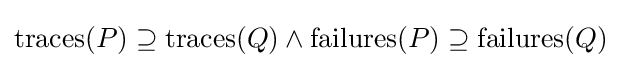
\mathrm {traces} (P)\supseteq \mathrm {traces} (Q)\land \mathrm {failures} (P)\supseteq \mathrm {failures} (Q)